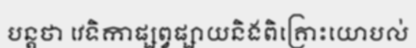
បន្តថា វេទិកាផ្សព្វផ្សាយនិងពិគ្រោះយោបល់